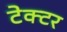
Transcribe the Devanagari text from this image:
टेक्टर